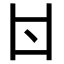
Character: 𠁿